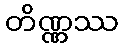
တိဏ္ဏဿ